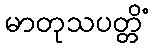
မာတုသပတ္တိံ